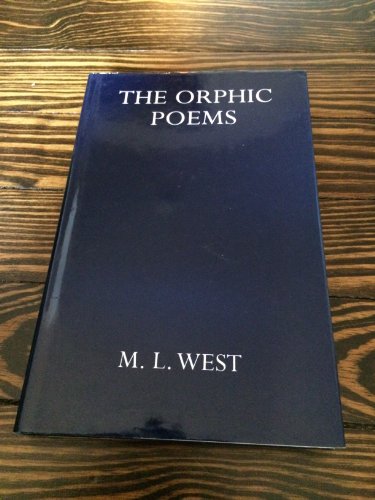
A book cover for The Orphic Poems (Oxford University Press Academic Monograph Reprints); M. L. West; Literature & Fiction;